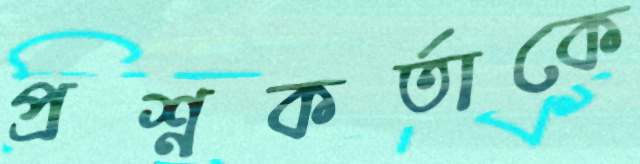
প্রশ্নকর্তাকে